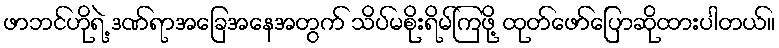
ဖာဘင်ဟိုရဲ့ ဒဏ်ရာအခြေအနေအတွက် သိပ်မစိုးရိမ်ကြဖို့ ထုတ်ဖော်ပြောဆိုထားပါတယ်။